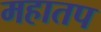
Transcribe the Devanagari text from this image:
महातप